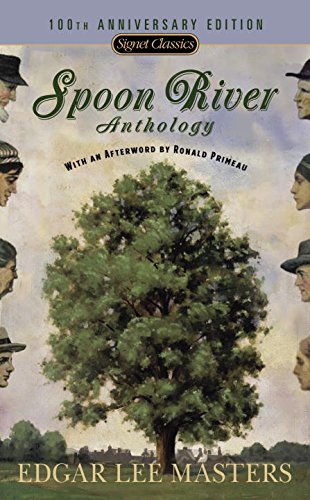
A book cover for Spoon River Anthology: 100th Anniversary Edition (Signet Classics); Edgar Lee Masters; Literature & Fiction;